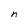
Character: n